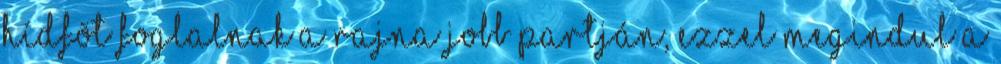
hídfõt foglalnak a Rajna jobb partján, ezzel megindul a